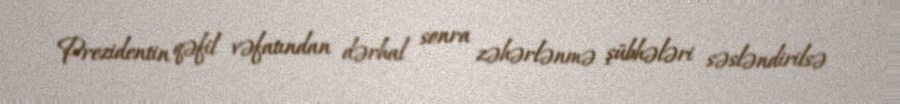
Prezidentin qəfil vəfatından dərhal sonra zəhərlənmə şübhələri səsləndirilsə